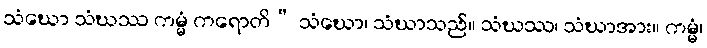
သံဃော သံဃဿ ကမ္မံ ကရောတိ” သံဃော၊ သံဃာသည်။ သံဃဿ၊ သံဃာအား။ ကမ္မံ၊